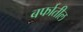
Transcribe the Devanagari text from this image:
बर्फातील